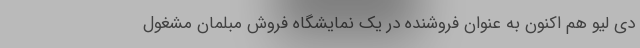
دی‌ لیو هم اکنون به عنوان فروشنده در یک نمایشگاه فروش مبلمان مشغول